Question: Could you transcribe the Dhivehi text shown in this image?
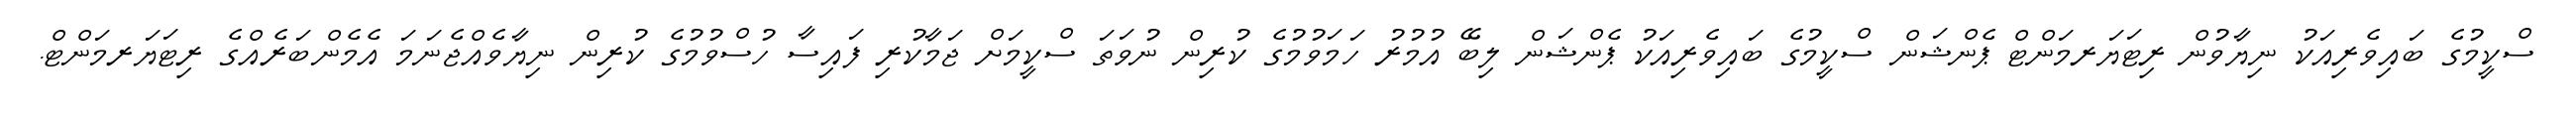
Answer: ސްކީމުގެ ބައިވެރިއަކު ނިޔާވުން ރިޓަޔަރމަންޓް ޕެންޝަން ސްކީމުގެ ބައިވެރިއަކު ޕެންޝަން ލިބޭ އުމުރު ހަމަވުމުގެ ކުރިން ނުވަތަ ސްކީމަށް ޖަމާކުރި ފައިސާ ހުސްވުމުގެ ކުރިން ނިޔާވެއްޖެނަމަ އެމެންބަރެއްގެ ރިޓަޔަރމަންޓް.